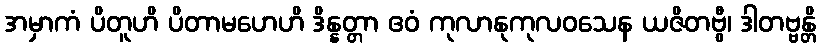
အမှာကံ ပိတူဟိ ပိတာမဟေဟိ ဒိန္နတ္တာ ဧဝံ ကုလာနုကုလဝသေန ယဇိတဗွီ၊ ဒါတဗ္ဗန္တိ